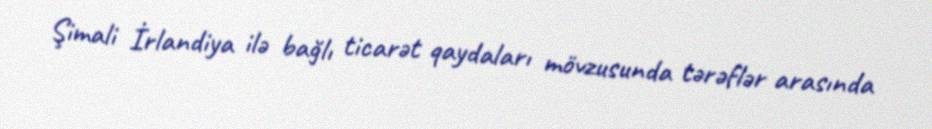
Şimali İrlandiya ilə bağlı ticarət qaydaları mövzusunda tərəflər arasında